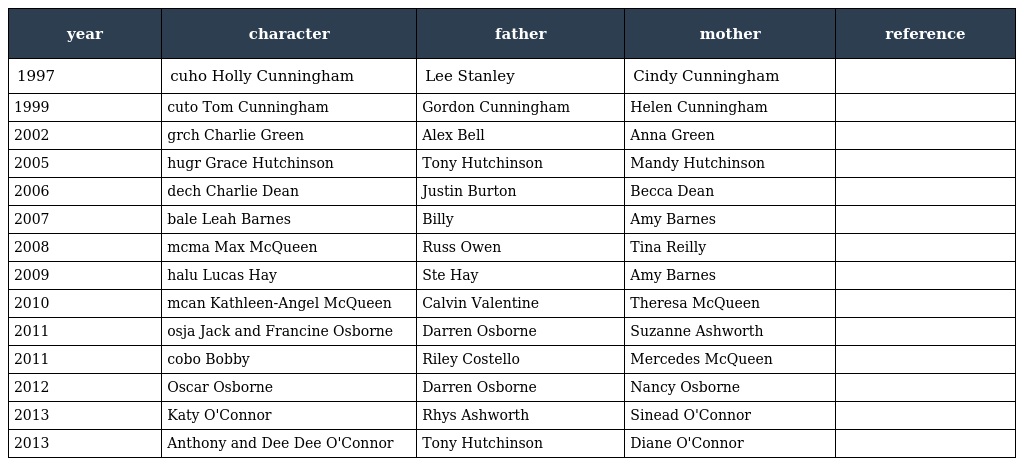
| year | character | father | mother | reference |
 | --- | --- | --- | --- | --- |
 | 1997 | cuho Holly Cunningham | Lee Stanley | Cindy Cunningham |  |
 | 1999 | cuto Tom Cunningham | Gordon Cunningham | Helen Cunningham |  |
 | 2002 | grch Charlie Green | Alex Bell | Anna Green |  |
 | 2005 | hugr Grace Hutchinson | Tony Hutchinson | Mandy Hutchinson |  |
 | 2006 | dech Charlie Dean | Justin Burton | Becca Dean |  |
 | 2007 | bale Leah Barnes | Billy | Amy Barnes |  |
 | 2008 | mcma Max McQueen | Russ Owen | Tina Reilly |  |
 | 2009 | halu Lucas Hay | Ste Hay | Amy Barnes |  |
 | 2010 | mcan Kathleen-Angel McQueen | Calvin Valentine | Theresa McQueen |  |
 | 2011 | osja Jack and Francine Osborne | Darren Osborne | Suzanne Ashworth |  |
 | 2011 | cobo Bobby | Riley Costello | Mercedes McQueen |  |
 | 2012 | Oscar Osborne | Darren Osborne | Nancy Osborne |  |
 | 2013 | Katy O'Connor | Rhys Ashworth | Sinead O'Connor |  |
 | 2013 | Anthony and Dee Dee O'Connor | Tony Hutchinson | Diane O'Connor |  |